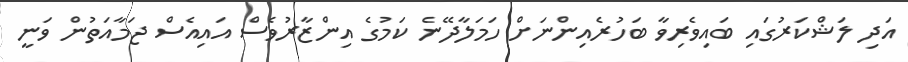
އަދި ލަޝްކަރުގައި ބައިވެރިވާ ބަހުރެއިންނަށް ހަމަލާދޭނެ ކަމުގެ އިންޒާރުވެސް އައިއެސް ޖަމާއަތުން ވަނީ